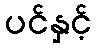
ပင်နှင့်